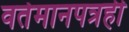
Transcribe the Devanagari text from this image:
वर्तमानपत्रही